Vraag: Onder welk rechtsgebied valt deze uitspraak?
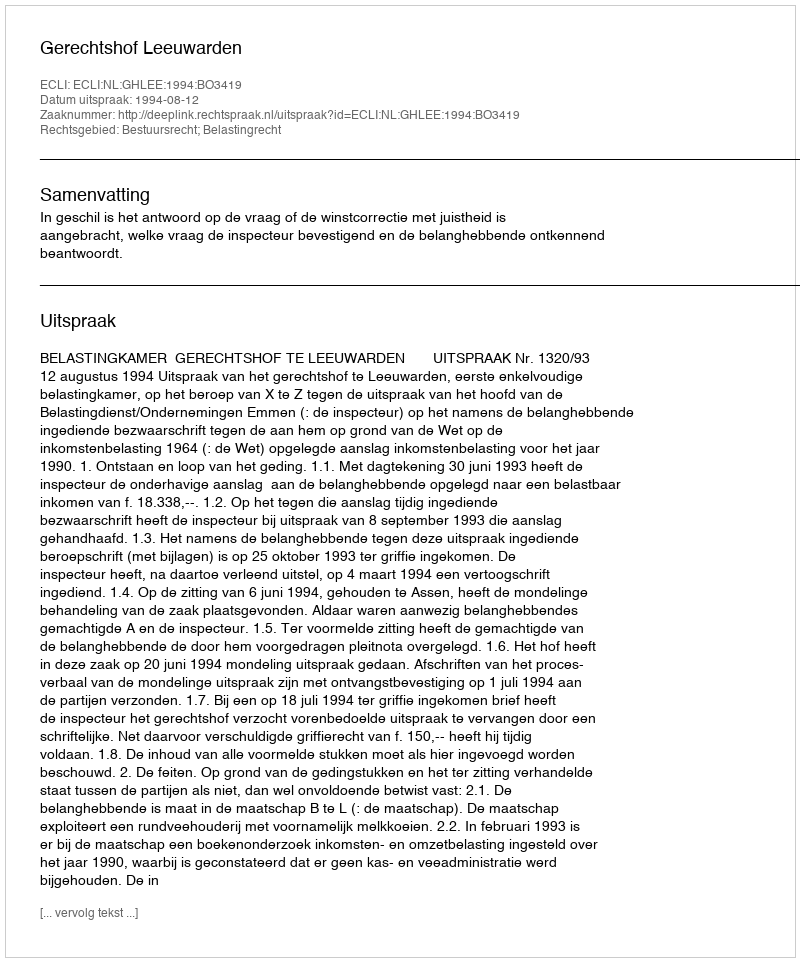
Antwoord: Bestuursrecht; Belastingrecht